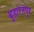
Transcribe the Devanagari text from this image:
बुहारनपुर